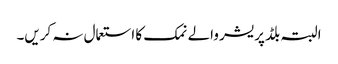
البتہ بلڈ پریشر والے نمک کا استعمال نہ کریں۔